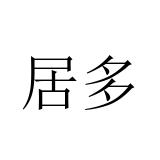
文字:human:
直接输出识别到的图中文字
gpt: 居多